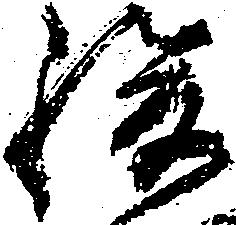
駿